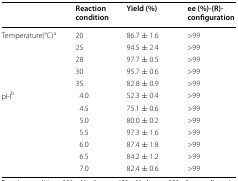
<table><thead><tr><td></td><td><b>Reaction condition</b></td><td><b>Yield (%)</b></td><td><b>ee (%)-(R)-configuration</b></td></tr></thead><tbody><tr><td rowspan="5">Temperature(°C)<sup>a</sup></td><td>20</td><td>86.7 ± 1.6</td><td>&gt;99</td></tr><tr><td>25</td><td>94.5 ± 2.4</td><td>&gt;99</td></tr><tr><td>28</td><td>97.7 ± 0.5</td><td>&gt;99</td></tr><tr><td>30</td><td>95.7 ± 0.6</td><td>&gt;99</td></tr><tr><td>35</td><td>82.8 ± 0.9</td><td>&gt;99</td></tr><tr><td rowspan="7">pH<sup>b</sup></td><td>4.0</td><td>52.3 ± 0.4</td><td>&gt;99</td></tr><tr><td>4.5</td><td>75.1 ± 0.6</td><td>&gt;99</td></tr><tr><td>5.0</td><td>80.0 ± 0.2</td><td>&gt;99</td></tr><tr><td>5.5</td><td>97.3 ± 1.6</td><td>&gt;99</td></tr><tr><td>6.0</td><td>87.4 ± 1.8</td><td>&gt;99</td></tr><tr><td>6.5</td><td>84.2 ± 1.2</td><td>&gt;99</td></tr><tr><td>7.0</td><td>82.4 ± 0.6</td><td>&gt;99</td></tr></tbody></table>